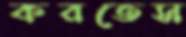
করতেস